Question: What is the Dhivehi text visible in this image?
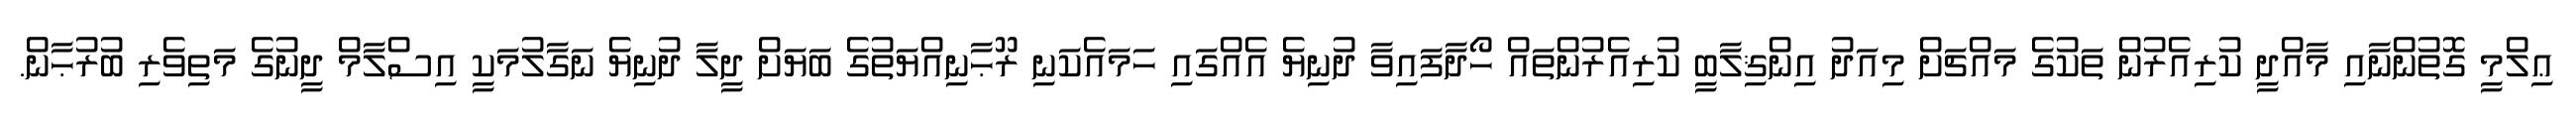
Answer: ޢިލްމީ ގޮތުންނާއި މާއްދީ ކުރިއެރުން ތަކުގެ މައްޗަށް މިއަދު އިންޤިލާބީ ކުރިއެރުންތައް ހޯދާފައިވާ ދުނިޔެ އެއްގައި ހަމައެކަނި ރޫޙާނިއްޔަތުގެ ބަޔަށް ދީލާ ދުނިޔެ ނަގާލުމަކީ އިސްލާމް ދީނުގެ މަތިވެރި ބުރުޙާން.